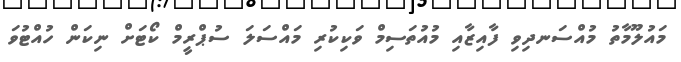
މައުލޫމާތު މުއްސަނދިވި ފާއިޒާއި މުއުތަސިމް ވަކިކުރި މައްސަލަ ސުޕްރީމް ކޯޓަށް ނިކަން ހުއްޓުވަ